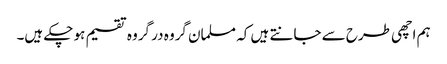
ہم اچھی طرح سے جانتے ہیں کہ مسلمان گروہ در گروہ تقسیم ہو چکے ہیں۔